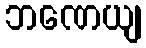
ဘဏေယျ